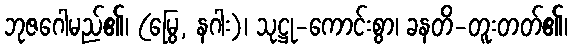
ဘုဇဂေါမည်၏၊ (မြွေ, နဂါး)၊ သုဋ္ဌု-ကောင်းစွာ၊ ခနတိ-တူးတတ်၏၊